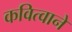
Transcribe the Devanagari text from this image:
कवित्वाने